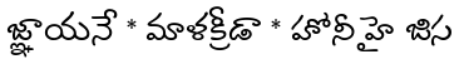
జ్ఞాయనే * మాళక్రీడా * హోనీ హై జిస